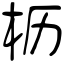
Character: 枥